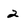
Character: 2